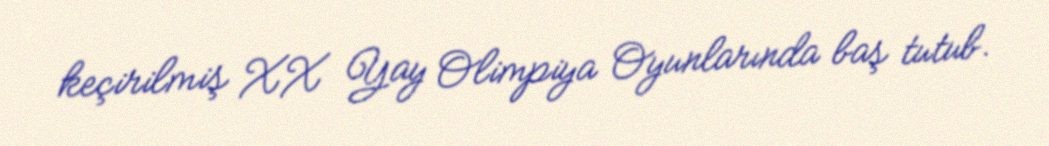
keçirilmiş XX Yay Olimpiya Oyunlarında baş tutub.